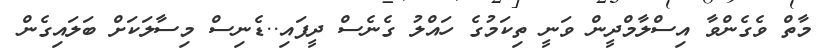
މާތް ވެގެންވާ އިސްލާމްދީން ވަނީ ތިކަމުގެ ހައްލު ގެނެސް ދީފައި..ޑެނިސް މިސާލަކަށް ބަލައިގެން